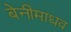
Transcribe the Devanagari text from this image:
बेनीमाधव